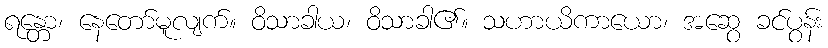
ရန္တော၊ နေတော်မူလျက်။ ဝိသာခါယ၊ ဝိသာခါ၏။ သဟာယိကာယော၊ အဆွေ ခင်ပွန်း